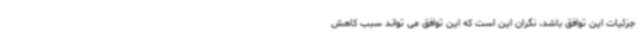
جزئیات این توافق باشد، نگران این است که این توافق می تواند سبب کاهش